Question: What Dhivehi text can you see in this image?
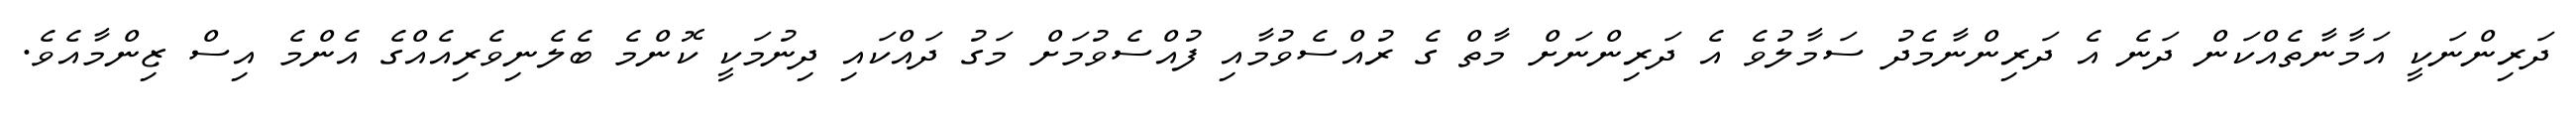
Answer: ދަރިންނަކީ އަމާނާތެއްކަން ދަނެ އެ ދަރިންނާމެދު ސަމާލުވެ އެ ދަރިންނަށް މާތް ގެ ރުއްސެވުމާއި ފުއްސެވުމަށް މަގު ދައްކައި ދިނުމަކީ ކޮންމެ ބެލެނިވެރިއެއްގެ އެންމެ އިސް ޒިންމާއެވެ.